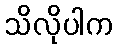
သိလိုပါက